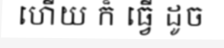
ហើយ ក៏ ធ្វើ ដូច